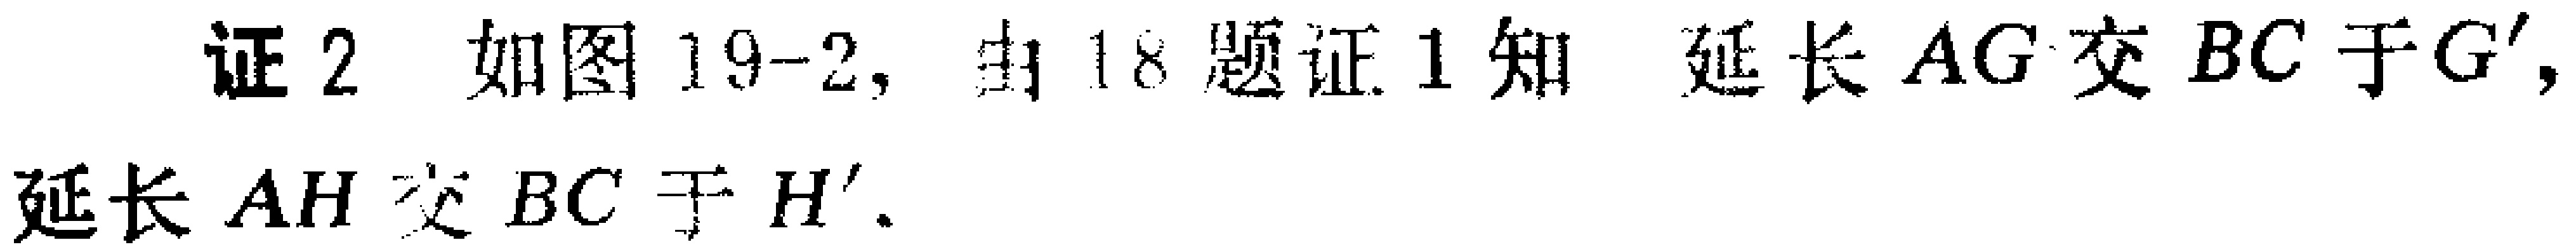
证2 如图19-2, 由18题证1知 延长 \(AG\) 交 \(BC\) 于 \(G'\), 延长 \(AH\) 交 \(BC\) 于 \(H'\).